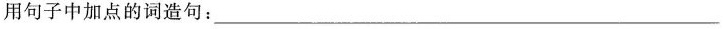
用句子中加点的词造句：___